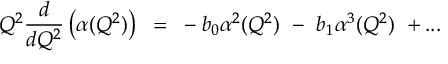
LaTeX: Q ^ { 2 } { \frac { d } { d Q ^ { 2 } } } \left( \alpha ( Q ^ { 2 } ) \right) { } ~ = ~ - b _ { 0 } \alpha ^ { 2 } ( Q ^ { 2 } ) ~ - ~ b _ { 1 } \alpha ^ { 3 } ( Q ^ { 2 } ) ~ + . . .